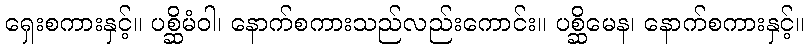
ရှေးစကားနှင့်။ ပစ္ဆိမံဝါ၊ နောက်စကားသည်လည်းကောင်း။ ပစ္ဆိမေန၊ နောက်စကားနှင့်။